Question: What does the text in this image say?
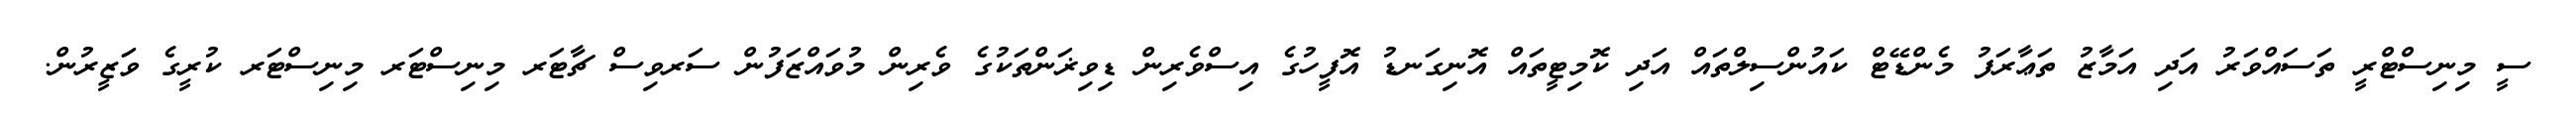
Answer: ސީ މިނިސްޓްރީ ތަސައްވަރު އަދި އަމާޒު ތަޢާރަފު މެންޑޭޓް ކައުންސިލްތައް އަދި ކޮމިޓީތައް އޮނިގަނޑު އޮފީހުގެ އިސްވެރިން ޑިވިޜަންތަކުގެ ވެރިން މުވައްޒަފުން ސަރވިސް ޗާޓަރ މިނިސްޓަރ މިނިސްޓަރ ކުރީގެ ވަޒީރުން.